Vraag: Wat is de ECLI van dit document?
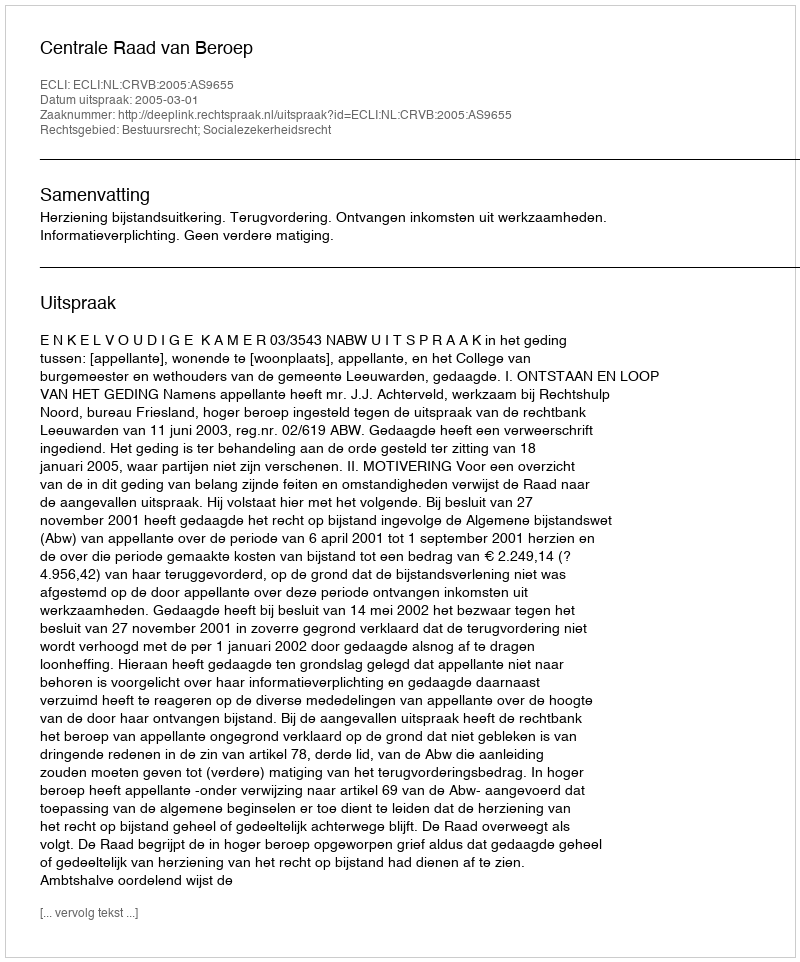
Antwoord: ECLI:NL:CRVB:2005:AS9655